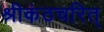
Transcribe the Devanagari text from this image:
श्रीकंठचरित्‌